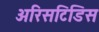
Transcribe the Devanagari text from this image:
अरिसटिडिस